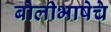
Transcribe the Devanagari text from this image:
बोलीभाषेचे